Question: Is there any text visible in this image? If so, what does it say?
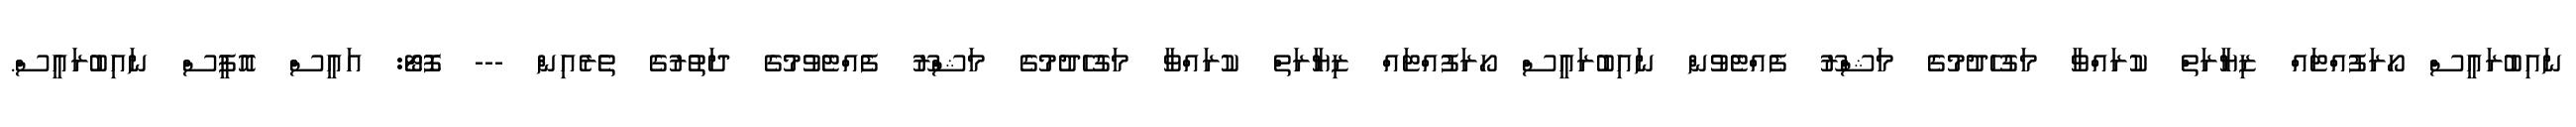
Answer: ނައިބުރައީސް ހޯރަފުއްޓައް ޒިޔާރަތް ކުރައްވާ މަގުހެދުމުގެ މަޝްރޫ ފެއްޓެވުން ނައިބުރައީސް ހޯރަފުއްޓައް ޒިޔާރަތް ކުރައްވާ މަގުހެދުމުގެ މަޝްރޫ ފެއްޓެވުމުގެ ދަތުރުގެ ތެރެއިން --- ފޮޓޯ: އައީސް އޮފީސް ނައިބުރައީސް.